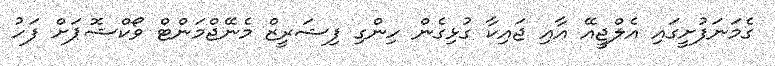
ގެމަނަފުށީގައި އެލްޖީއޭ އާއި ޖައިކާ ގުޅިގެން ހިންގި ފިޝަރީޒް މެނޭޖްމަންޓް ވޯކްޝޮޕަށް ފަހު